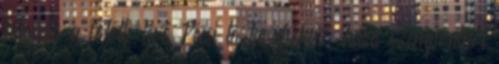
hasonló a fölötte lévő Pécsi tó tavakéhoz, halas szempontból